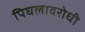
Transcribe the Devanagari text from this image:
पिघलावरोधी